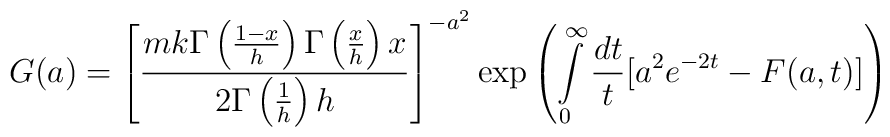
G(a) =\left[ \frac{mk\Gamma \left( \frac{1-x}{h}\right) \Gamma\left( \frac{x}{h}\right) x}{2\Gamma \left( \frac{1}{h}\right) h}\right] ^{-a^{2}}\exp \left( \int\limits_{0}^{\infty }\frac{dt}{t}[a^{2}e^{-2t}-F(a,t)]\right)